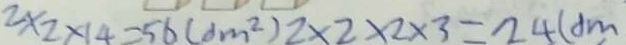
2 \times 2 \times 1 4 = 5 6 ( d m ^ { 2 } ) 2 \times 2 \times 2 \times 3 = 2 4 ( d m